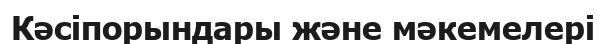
Кәсіпорындары және мәкемелері